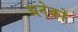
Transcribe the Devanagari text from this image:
अनेेकों